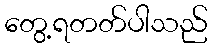
တွေ့ရတတ်ပါသည်